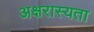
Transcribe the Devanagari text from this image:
अक्षरास्यता